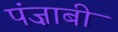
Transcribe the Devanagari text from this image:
पंज़ाबी